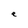
Character: e